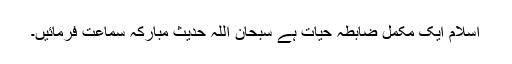
اسلام ایک مکمل ضابطہ حیات ہے سبحان اللہ حدیث مبارکہ سماعت فرمائیں۔